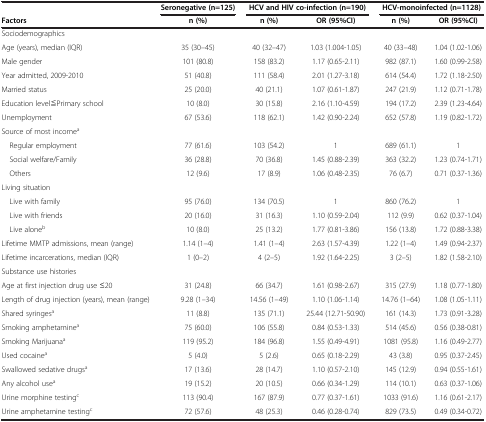
<table><thead><tr><td><b> </b></td><td><b>Seronegative (n=125)</b></td><td colspan="2"><b>HCV and HIV co-infection (n=190)</b></td><td colspan="2"><b>HCV-monoinfected (n=1128)</b></td></tr><tr><td><b>Factors</b></td><td><b>n(%)</b></td><td><b>n(%)</b></td><td><b>OR(95%CI)</b></td><td><b>n(%)</b></td><td><b>OR(95%CI)</b></td></tr></thead><tbody><tr><td>Sociodemographics</td><td> </td><td> </td><td> </td><td> </td><td> </td></tr><tr><td>Age (years), median (IQR)</td><td>35 (30–45)</td><td>40 (32–47)</td><td>1.03 (1.004-1.05)</td><td>40 (33–48)</td><td>1.04 (1.02-1.06)</td></tr><tr><td>Male gender</td><td>101 (80.8)</td><td>158 (83.2)</td><td>1.17 (0.65-2.11)</td><td>982 (87.1)</td><td>1.60 (0.99-2.58)</td></tr><tr><td>Year admitted, 2009-2010</td><td>51 (40.8)</td><td>111 (58.4)</td><td>2.01 (1.27-3.18)</td><td>614 (54.4)</td><td>1.72 (1.18-2.50)</td></tr><tr><td>Married status</td><td>25 (20.0)</td><td>40 (21.1)</td><td>1.07 (0.61-1.87)</td><td>247 (21.9)</td><td>1.12 (0.71-1.78)</td></tr><tr><td>Education level≦Primary school</td><td>10 (8.0)</td><td>30 (15.8)</td><td>2.16 (1.10-4.59)</td><td>194 (17.2)</td><td>2.39 (1.23-4.64)</td></tr><tr><td>Unemployment</td><td>67 (53.6)</td><td>118 (62.1)</td><td>1.42 (0.90-2.24)</td><td>652 (57.8)</td><td>1.19 (0.82-1.72)</td></tr><tr><td>Source of most income<sup>a</sup></td><td> </td><td> </td><td> </td><td> </td><td> </td></tr><tr><td> Regular employment</td><td>77 (61.6)</td><td>103 (54.2)</td><td>1</td><td>689 (61.1)</td><td>1</td></tr><tr><td> Social welfare/Family</td><td>36 (28.8)</td><td>70 (36.8)</td><td>1.45 (0.88-2.39)</td><td>363 (32.2)</td><td>1.23 (0.74-1.71)</td></tr><tr><td> Others</td><td>12 (9.6)</td><td>17 (8.9)</td><td>1.06 (0.48-2.35)</td><td>76 (6.7)</td><td>0.71 (0.37-1.36)</td></tr><tr><td>Living situation</td><td> </td><td> </td><td> </td><td> </td><td> </td></tr><tr><td> Live with family</td><td>95 (76.0)</td><td>134 (70.5)</td><td>1</td><td>860 (76.2)</td><td>1</td></tr><tr><td> Live with friends</td><td>20 (16.0)</td><td>31 (16.3)</td><td>1.10 (0.59-2.04)</td><td>112 (9.9)</td><td>0.62 (0.37-1.04)</td></tr><tr><td> Live alone<sup>b</sup></td><td>10 (8.0)</td><td>25 (13.2)</td><td>1.77 (0.81-3.86)</td><td>156 (13.8)</td><td>1.72 (0.88-3.38)</td></tr><tr><td>Lifetime MMTP admissions, mean (range)</td><td>1.14 (1–4)</td><td>1.41 (1–4)</td><td>2.63 (1.57-4.39)</td><td>1.22 (1–4)</td><td>1.49 (0.94-2.37)</td></tr><tr><td>Lifetime incarcerations, median (IQR)</td><td>1 (0–2)</td><td>4 (2–5)</td><td>1.92 (1.64-2.25)</td><td>3 (2–5)</td><td>1.82 (1.58-2.10)</td></tr><tr><td>Substance use histories</td><td> </td><td> </td><td> </td><td> </td><td> </td></tr><tr><td>Age at first injection drug use ≤20</td><td>31 (24.8)</td><td>66 (34.7)</td><td>1.61 (0.98-2.67)</td><td>315 (27.9)</td><td>1.18 (0.77-1.80)</td></tr><tr><td>Length of drug injection (years), mean (range)</td><td>9.28 (1–34)</td><td>14.56 (1–49)</td><td>1.10 (1.06-1.14)</td><td>14.76 (1–64)</td><td>1.08 (1.05-1.11)</td></tr><tr><td>Shared syringes<sup>a</sup></td><td>11 (8.8)</td><td>135 (71.1)</td><td>25.44 (12.71-50.90)</td><td>161 (14.3)</td><td>1.73 (0.91-3.28)</td></tr><tr><td>Smoking amphetamine<sup>a</sup></td><td>75 (60.0)</td><td>106 (55.8)</td><td>0.84 (0.53-1.33)</td><td>514 (45.6)</td><td>0.56 (0.38-0.81)</td></tr><tr><td>Smoking Marijuana<sup>a</sup></td><td>119 (95.2)</td><td>184 (96.8)</td><td>1.55 (0.49-4.91)</td><td>1081 (95.8)</td><td>1.16 (0.49-2.77)</td></tr><tr><td>Used cocaine<sup>a</sup></td><td>5 (4.0)</td><td>5 (2.6)</td><td>0.65 (0.18-2.29)</td><td>43 (3.8)</td><td>0.95 (0.37-2.45)</td></tr><tr><td>Swallowed sedative drugs<sup>a</sup></td><td>17 (13.6)</td><td>28 (14.7)</td><td>1.10 (0.57-2.10)</td><td>145 (12.9)</td><td>0.94 (0.55-1.61)</td></tr><tr><td>Any alcohol use<sup>a</sup></td><td>19 (15.2)</td><td>20 (10.5)</td><td>0.66 (0.34-1.29)</td><td>114 (10.1)</td><td>0.63 (0.37-1.06)</td></tr><tr><td>Urine morphine testing<sup>c</sup></td><td>113 (90.4)</td><td>167 (87.9)</td><td>0.77 (0.37-1.61)</td><td>1033 (91.6)</td><td>1.16 (0.61-2.17)</td></tr><tr><td>Urine amphetamine testing<sup>c</sup></td><td>72 (57.6)</td><td>48 (25.3)</td><td>0.46 (0.28-0.74)</td><td>829 (73.5)</td><td>0.49 (0.34-0.72)</td></tr></tbody></table>